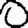
Digit: 0